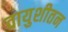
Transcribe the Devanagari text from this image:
वायुशीतन